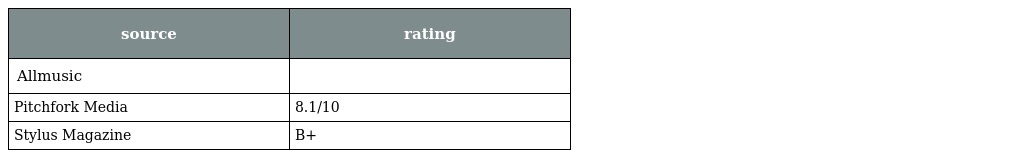
| source | rating |
 | --- | --- |
 | Allmusic |  |
 | Pitchfork Media | 8.1/10 |
 | Stylus Magazine | B+ |